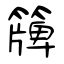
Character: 簰